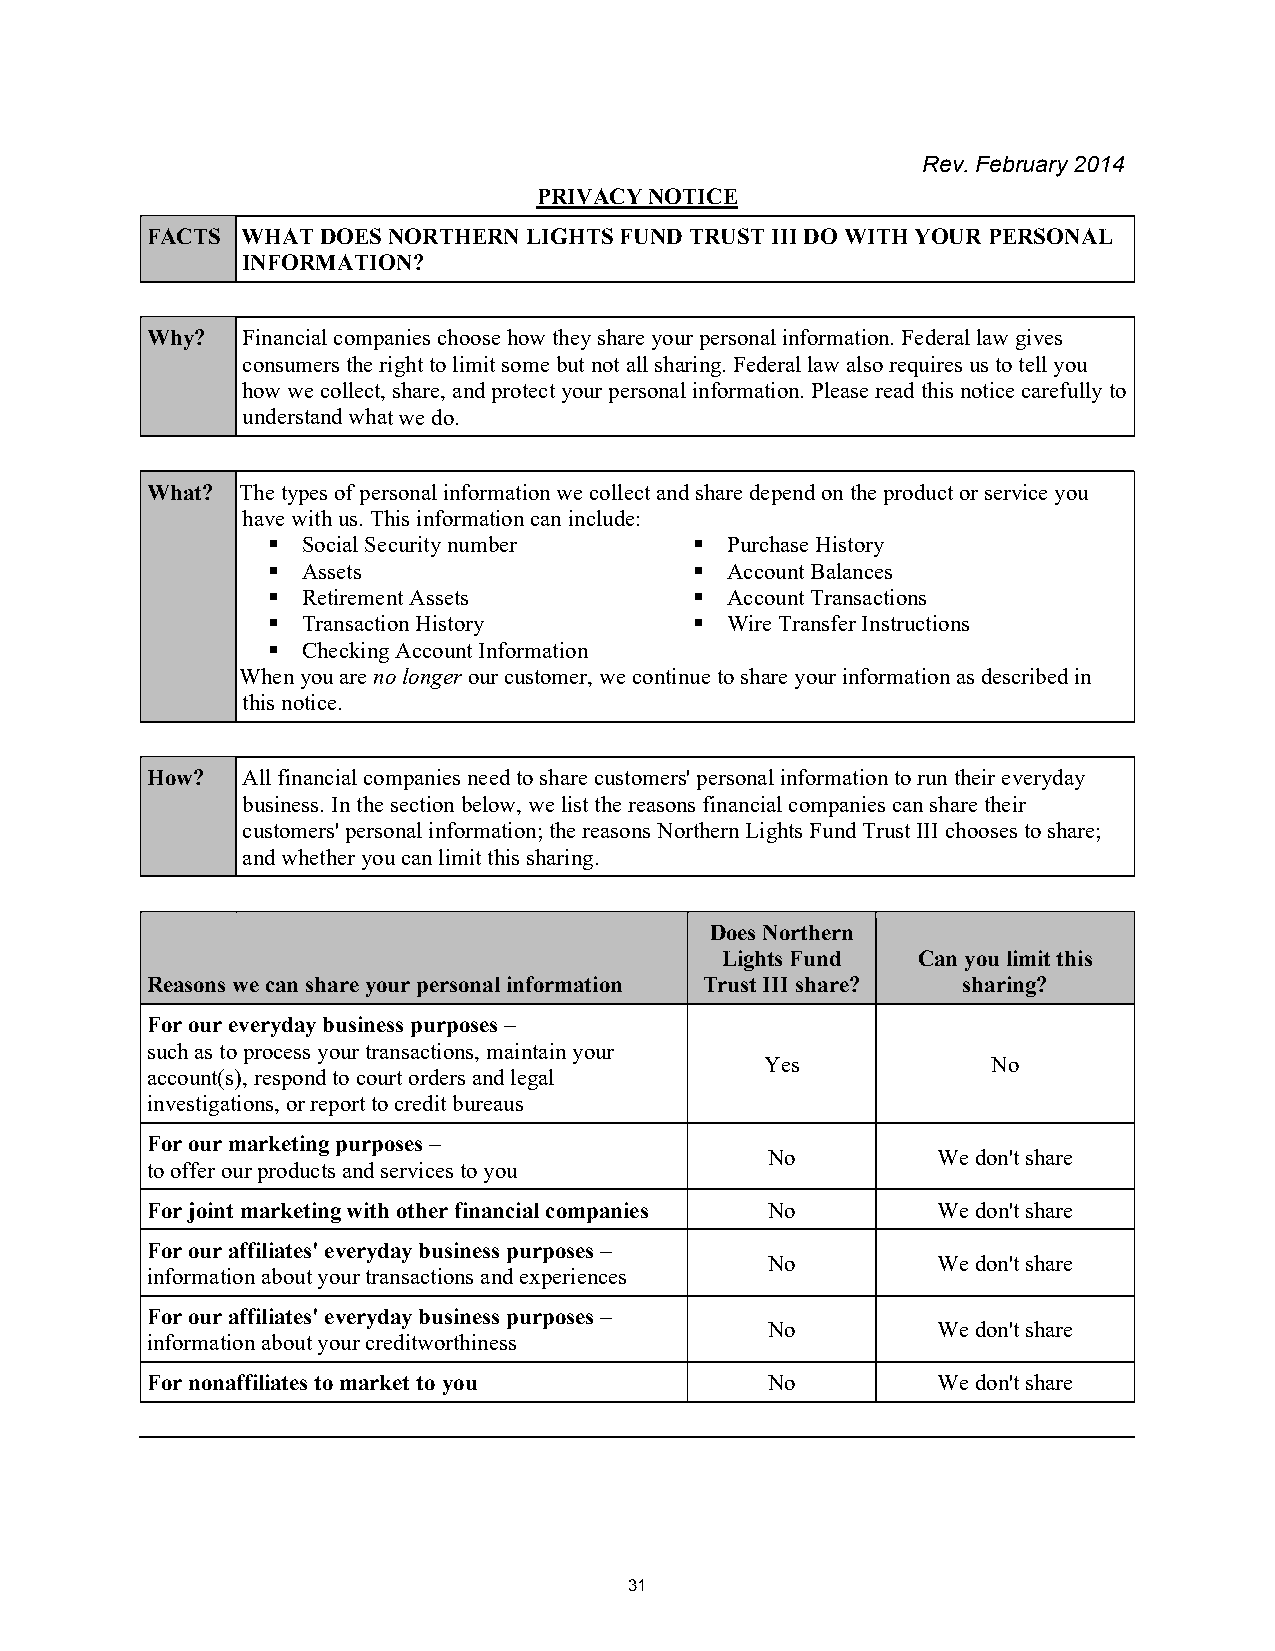
Rev. February 2014
 PRIVACY NOTICE
 FACTS WHAT DOES NORTHERN LIGHTS FUND TRUST III DO WITH YOUR PERSONAL
 INFORMATION?
 Why?  Financial companies choose how they share your personal information. Federal law gives
 consumers the right to limit some but not all sharing. Federal law also requires us to tell you
 how we collect, share, and protect your personal information. Please read this notice carefully to
 understand what we do.
 What? The types of personal information we collect and share depend on the product or service you
 have with us. This information can include:
 Social Security number    Purchase History
 Assets                    Account Balances
 Retirement Assets         Account Transactions
 Transaction History       Wire Transfer Instructions
 Checking Account Information
 When you are no longer our customer, we continue to share your information as described in
 this notice.
 How?  All financial companies need to share customers' personal information to run their everyday
 business. In the section below, we list the reasons financial companies can share their
 customers' personal information; the reasons Northern Lights Fund Trust III chooses to share;
 and whether you can limit this sharing.
 Does Northern
 Lights Fund  Can you limit this
 Reasons we can share your personal information Trust III share? sharing?
 For our everyday business purposes –
 such as to process your transactions, maintain your
 Yes            No
 account(s), respond to court orders and legal
 investigations, or report to credit bureaus
 For our marketing purposes –
 No         We don't share
 to offer our products and services to you
 For joint marketing with other financial companies No We don't share
 For our affiliates' everyday business purposes –
 No         We don't share
 information about your transactions and experiences
 For our affiliates' everyday business purposes –
 No         We don't share
 information about your creditworthiness
 For nonaffiliates to market to you       No         We don't share
 31